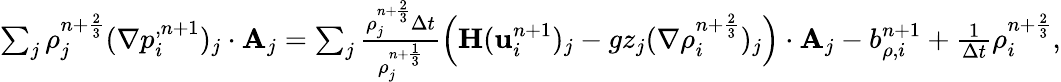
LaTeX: \begin{array}{r}{\sum_{j}{\rho}_{j}^{n+\frac{2}{3}}(\nabla p_{i}^{,n+1})_{j}\cdot\textbf{A}_{j}=\sum_{j}\frac{{\rho}_{j}^{n+\frac{2}{3}}\Delta t}{{\rho}_{j}^{n+\frac{1}{3}}}\left(\mathbf{H}(\mathbf u_{i}^{n+1})_{j}-gz_{j}(\nabla{\rho}_{i}^{n+\frac{2}{3}})_{j}\right)\cdot\textbf{A}_{j}-b_{\rho,i}^{n+1}+\frac{1}{\Delta t}{\rho}_{i}^{n+\frac{2}{3}},}\end{array}